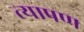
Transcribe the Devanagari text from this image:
त्यापण